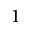
1